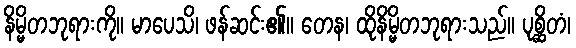
နိမ္မိတဘုရားကို။ မာပေသိ၊ ဖန်ဆင်း၏။ တေန၊ ထိုနိမ္မိတဘုရားသည်။ ပုစ္ဆိတံ၊